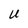
Character: U